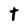
Character: t